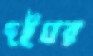
দইঘর